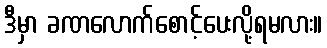
ဒီမှာ ခဏလောက်စောင့်ပေးလို့ရမလား။